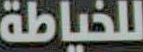
للخياطة